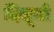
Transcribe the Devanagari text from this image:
दिसूचो